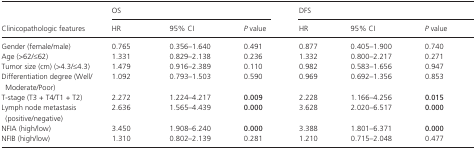
| <ROWSPAN=2> Clinicopathologic features | <COLSPAN=3> OS | <COLSPAN=3> DFS |
 | HR | 95% CI | P value | HR | 95% CI | P value |
 | --- | --- | --- | --- | --- | --- | --- |
 | Gender (female/male) | 0.765 | 0.356–1.640 | 0.491 | 0.877 | 0.405–1.900 | 0.740 |
 | Age (>62/≤62) | 1.331 | 0.829–2.138 | 0.236 | 1.332 | 0.800–2.217 | 0.271 |
 | Tumor size (cm) (>4.3/≤4.3) | 1.479 | 0.916–2.389 | 0.110 | 0.982 | 0.583–1.656 | 0.947 |
 | Differentiation degree (Well/Moderate/Poor) | 1.092 | 0.793–1.503 | 0.590 | 0.969 | 0.692–1.356 | 0.853 |
 | T‐stage (T3 + T4/T1 + T2) | 2.272 | 1.224–4.217 | 0.009 | 2.228 | 1.166–4.256 | 0.015 |
 | Lymph node metastasis (positive/negative) | 2.636 | 1.565–4.439 | 0.000 | 3.628 | 2.020–6.517 | 0.000 |
 | NFIA (high/low) | 3.450 | 1.908–6.240 | 0.000 | 3.388 | 1.801–6.371 | 0.000 |
 | NFIB (high/low) | 1.310 | 0.802–2.139 | 0.281 | 1.210 | 0.715–2.048 | 0.477 |